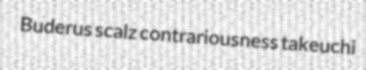
Buderus scalz contrariousness takeuchi